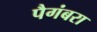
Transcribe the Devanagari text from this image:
पैगंबरा